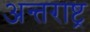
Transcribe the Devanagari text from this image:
अन्तराष्ट्र